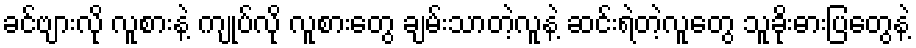
ခင်ဗျားလို လူစားနဲ့ ကျုပ်လို လူစားတွေ ချမ်းသာတဲ့လူနဲ့ ဆင်းရဲတဲ့လူတွေ သူခိုးဓားပြတွေနဲ့